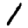
Digit: 1